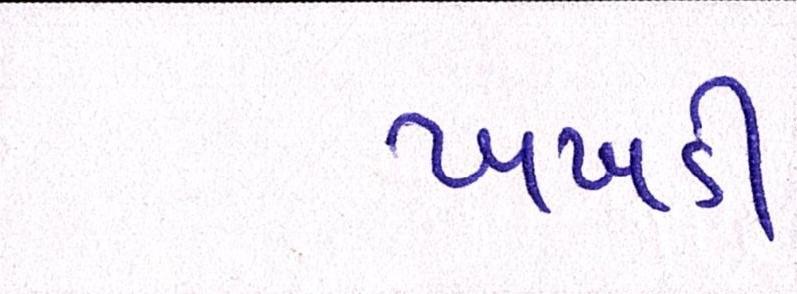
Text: ખખડી